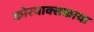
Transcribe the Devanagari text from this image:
कोरयाक्सकाया